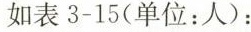
如表3-15(单位：人)：